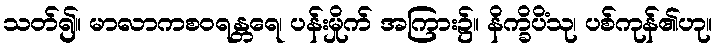
သတ်၍။ မာလာကစဝရန္တရေ၊ ပန်းမှိုက် အကြား၌။ နိက္ခိပိံသု၊ ပစ်ကုန်၏ဟု။